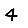
Digit: 4